Mental hospitals Bombay report 1921-28 - 1921-1928
Year: 1921
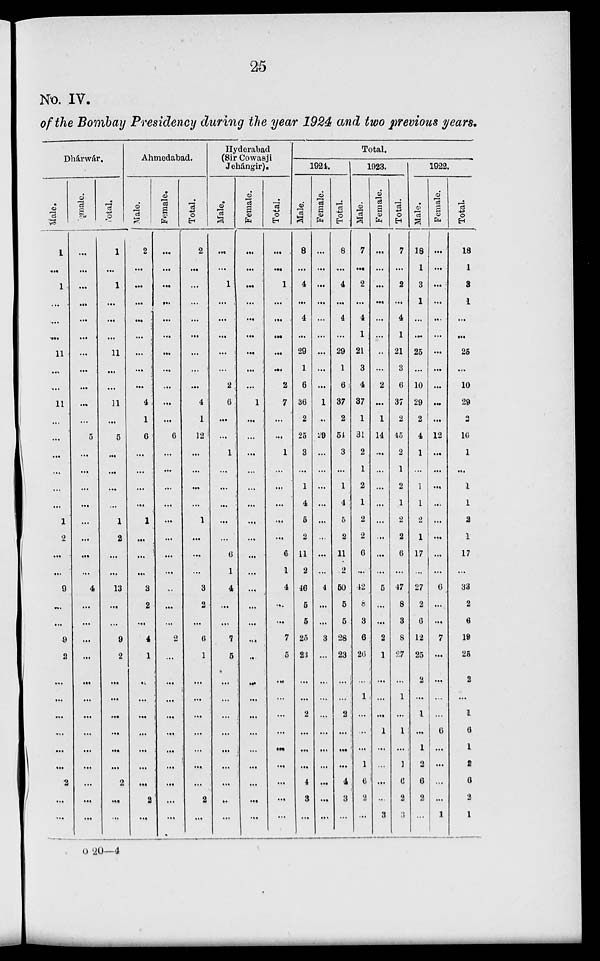
25
No. IV.
of the Bombay Presidency during the year 1924 and two previous years.
Dhárwár.
Male.
1
...
1
...
...
...
11
...
...
11
...
...
...
...
...
...
1
2
...
...
9
...
...
9
2
...
...
...
...
...
...
2
...
...
Female.
...
...
...
...
...
...
...
...
...
...
...
5
...
...
...
...
...
...
...
...
4
...
...
...
...
...
...
...
...
...
...
...
...
...
Total.
1
...
1
...
...
...
11
...
...
11
...
5
...
...
...
...
1
2
...
...
13
...
...
9
2
...
...
...
...
...
...
2
...
...
Ahmedabad.
Male.
2
...
...
...
...
...
...
...
...
4
1
6
...
...
...
...
1
...
...
...
3
2
...
4
1
...
...
...
...
...
...
...
2
...
Female.
...
...
...
...
...
...
...
...
...
...
...
6
...
...
...
...
...
...
...
...
...
...
...
2
...
...
...
...
...
...
...
...
...
...
Total.
2
...
...
...
...
...
...
...
...
4
1
12
...
...
...
...
1
...
...
...
3
2
...
6
1
...
...
...
...
...
...
...
2
...
Hyderabad
(Sir Cowasji
Jehángir).
Male.
...
...
1
...
...
...
...
...
2
6
...
...
1
...
...
...
...
...
6
1
4
...
...
7
5
...
...
...
...
...
...
...
...
...
Female.
...
...
...
...
...
...
...
...
...
1
...
...
...
...
...
...
...
...
...
...
...
...
...
...
..
...
...
...
...
...
...
...
...
...
Total.
...
...
1
...
...
...
...
...
2
7
...
...
1
...
...
...
...
...
6
1
4
...
...
7
5
...
...
...
...
...
...
...
...
...
Total.
1924.
Male.
8
...
4
...
4
...
29
1
6
36
2
25
3
...
1
4
5
2
11
2
46
5
5
25
23
...
...
2
...
...
...
4
3
...
Female.
...
...
...
...
...
...
...
...
...
1
...
29
...
...
...
...
...
...
...
...
4
...
...
3
...
...
...
...
...
...
...
...
...
...
Total.
8
...
4
...
4
...
29
1
6
37
2
54
3
...
1
4
5
2
11
2
50
5
5
28
23
...
...
2
...
...
...
4
3
...
1923.
Male.
7
...
2
...
4
1
21
3
4
37
1
31
2
1
2
1
2
2
6
...
42
8
3
6
26
...
1
...
...
...
1
6
2
...
Female.
...
...
...
...
...
...
...
...
2
...
1
14
...
...
...
...
...
...
...
...
5
...
...
2
1
...
...
...
1
...
...
...
...
3
Total.
7
...
2
...
4
1
21
3
6
37
2
45
2
1
2
1
2
2
6
...
47
8
3
8
27
...
1
...
1
...
1
6
2
3
1922.
Male.
18
1
3
1
...
...
25
...
10
29
2
4
1
...
1
1
2
1
17
...
27
2
6
12
25
2
...
1
...
1
2
6
2
...
Female.
...
...
...
...
...
...
...
...
...
...
...
12
...
...
...
...
...
...
...
...
6
...
...
7
...
...
...
...
6
...
...
...
...
1
Total.
18
1
3
1
...
...
25
...
10
29
2
16
1
...
1
1
2
1
17
...
33
2
6
19
25
2
...
1
6
1
2
6
2
1
o 20—4